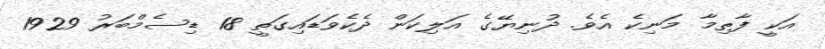
އަކީ ފާޠިމާ މަނިކެ އެވެ. ދުނިޔޭގެ އަލިކަން ދެކެވަޑައިގަތީ 18 ޑިސެމްބަރު 1929